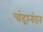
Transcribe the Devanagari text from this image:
चंद्रानंदन